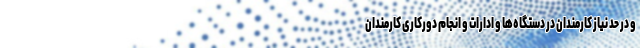
و در حد نیاز کارمندان در دستگاه‌ها و ادارات و انجام دورکاری کارمندان